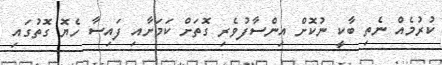
ކުރުމެއް ނެތި ބާކީ ނުކޮށް އިންސާފުވެރި ގޮތަށް ކަމަށާއި ފައިސާ ހެޔޮ ގޮތުގައި